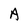
Character: A